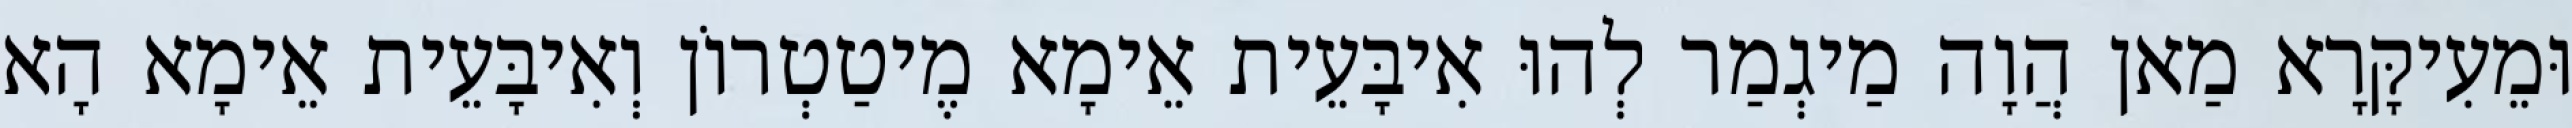
וּמֵעִיקָּרָא מַאן הֲוָה מַיגְמַר לְהוּ אִיבָּעֵית אֵימָא מֶיטַטְרוֹן וְאִיבָּעֵית אֵימָא הָא